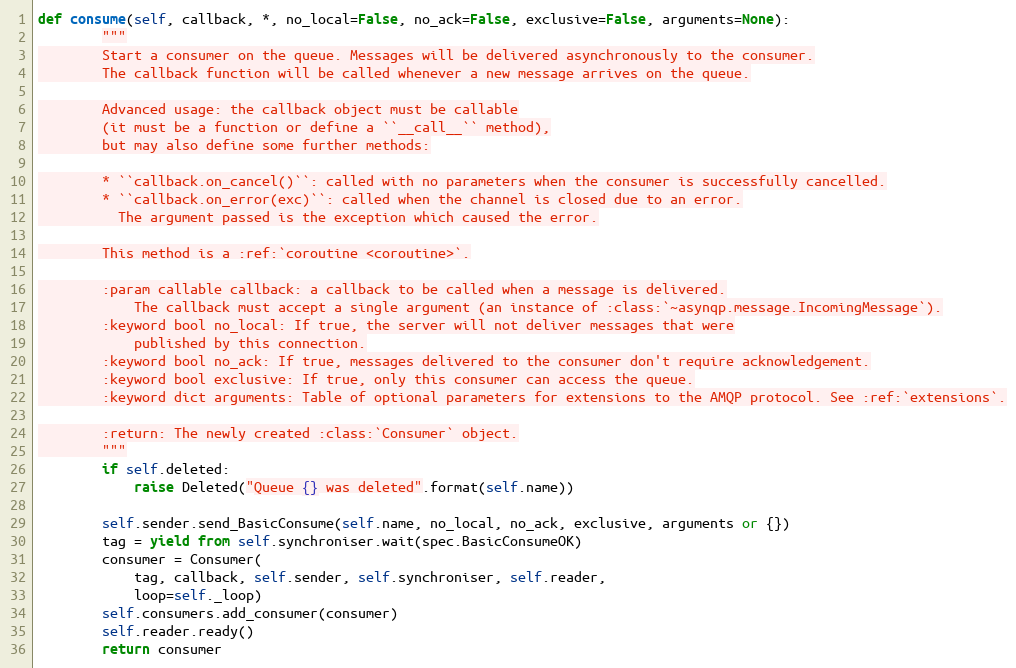
Language: Python
def consume(self, callback, *, no_local=False, no_ack=False, exclusive=False, arguments=None):
        """
        Start a consumer on the queue. Messages will be delivered asynchronously to the consumer.
        The callback function will be called whenever a new message arrives on the queue.

        Advanced usage: the callback object must be callable
        (it must be a function or define a ``__call__`` method),
        but may also define some further methods:

        * ``callback.on_cancel()``: called with no parameters when the consumer is successfully cancelled.
        * ``callback.on_error(exc)``: called when the channel is closed due to an error.
          The argument passed is the exception which caused the error.

        This method is a :ref:`coroutine <coroutine>`.

        :param callable callback: a callback to be called when a message is delivered.
            The callback must accept a single argument (an instance of :class:`~asynqp.message.IncomingMessage`).
        :keyword bool no_local: If true, the server will not deliver messages that were
            published by this connection.
        :keyword bool no_ack: If true, messages delivered to the consumer don't require acknowledgement.
        :keyword bool exclusive: If true, only this consumer can access the queue.
        :keyword dict arguments: Table of optional parameters for extensions to the AMQP protocol. See :ref:`extensions`.

        :return: The newly created :class:`Consumer` object.
        """
        if self.deleted:
            raise Deleted("Queue {} was deleted".format(self.name))

        self.sender.send_BasicConsume(self.name, no_local, no_ack, exclusive, arguments or {})
        tag = yield from self.synchroniser.wait(spec.BasicConsumeOK)
        consumer = Consumer(
            tag, callback, self.sender, self.synchroniser, self.reader,
            loop=self._loop)
        self.consumers.add_consumer(consumer)
        self.reader.ready()
        return consumer